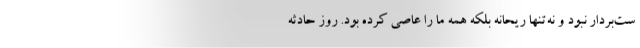
ست‌بردار نبود و نه‌تنها ریحانه بلکه همه ما را عاصی کرده بود. روز حادثه